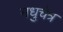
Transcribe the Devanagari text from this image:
मधुचेत्र